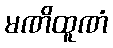
မဏိထူဏံ